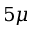
5 \mu